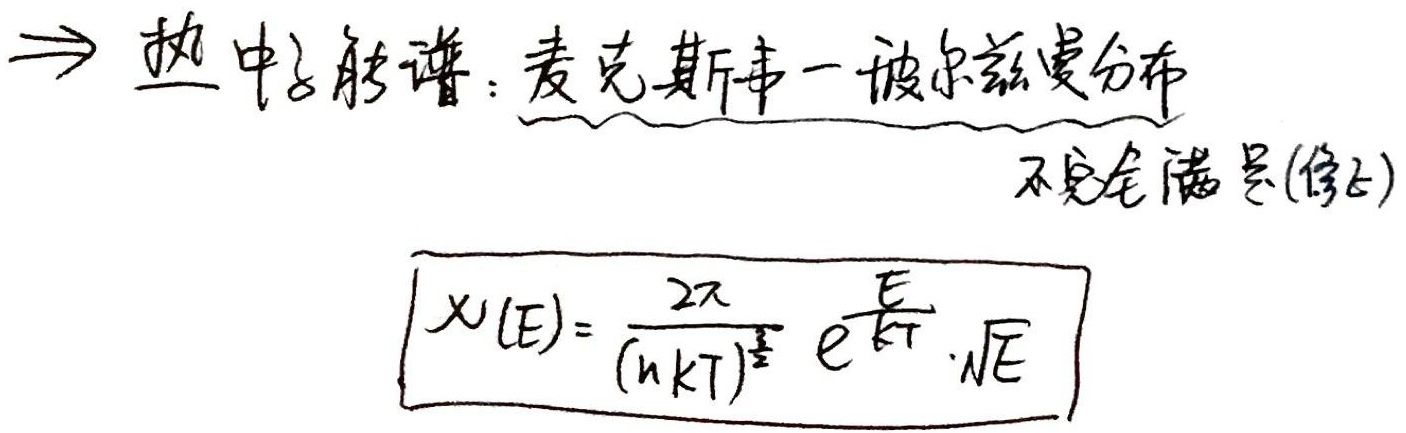
$\Rightarrow$ 热中子能谱：$\underline{\text{麦克斯韦 - 玻尔兹曼分布}}$
不完全满足(修正)
\[
\chi(E)=\frac{2\pi}{(n kT)^{\frac{3}{2}}} e^{-\frac{E}{kT}}\cdot\sqrt{E}
\]